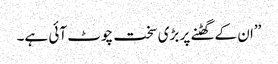
’’ان کے گھٹنے پر بڑی سخت چوٹ آئی ہے۔